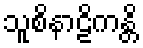
သူစိနာဠိကန္တိ